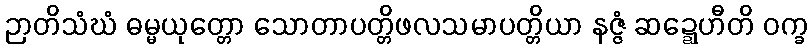
ဉာတိသံဃံ ဓမ္မယုတ္တော သောတာပတ္တိဖလသမာပတ္တိယာ နဇ္ဇံ ဆဍ္ဍေဟီတိ ဝက္ခ